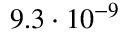
9 . 3 \cdot 1 0 ^ { - 9 }